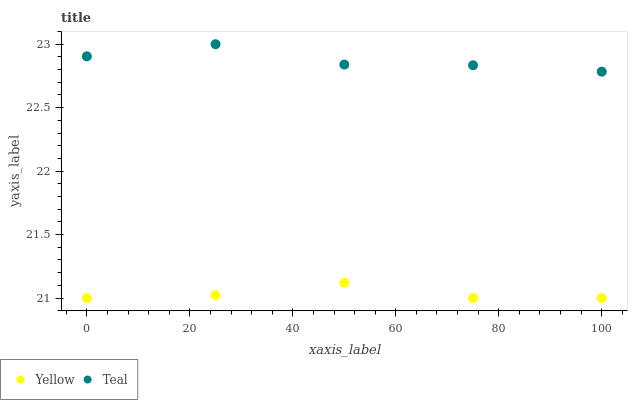
| xaxis_label | Yellow | Teal |
 | --- | --- | --- |
 | 0 | 21 | 22.9 |
 | 25 | 21 | 23 |
 | 50 | 21.1 | 22.8 |
 | 75 | 21 | 22.8 |
 | 100 | 21 | 22.8 |